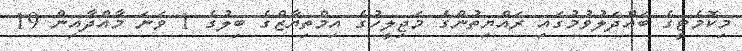
މިކޮމެޓީގެ ބައްދަލުވުމުގައި ރައްޔިތުންގެ މަޖިލީހުގެ އިމްތިޔާޒްގެ ބިލުގެ 1 ވަނަ މާއްދާއިން 19